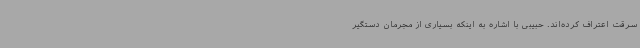
سرقت اعتراف کرده‌اند. حبیبی با اشاره به اینکه بسیاری از مجرمان دستگیر